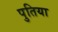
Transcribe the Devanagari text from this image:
पुतिया